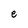
Character: e